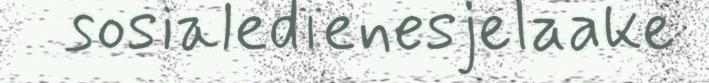
sosialedïenesjelaake